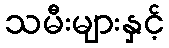
သမီးများနှင့်